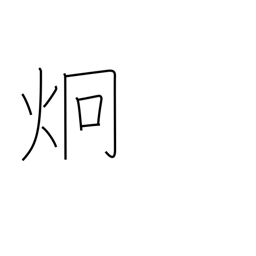
Meaning: light